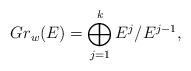
LaTeX: \begin{align*}Gr_w(E) = \bigoplus_{j =1}^{k} E^j / E^{j-1},\end{align*}